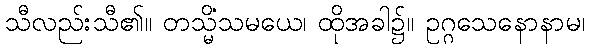
သီလည်းသီ၏။ တသ္မိံသမယေ၊ ထိုအခါ၌။ ဥဂ္ဂသေနောနာမ၊